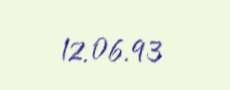
12.06.93